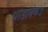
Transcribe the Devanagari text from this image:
धोडांबेकडे